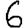
Digit: 6